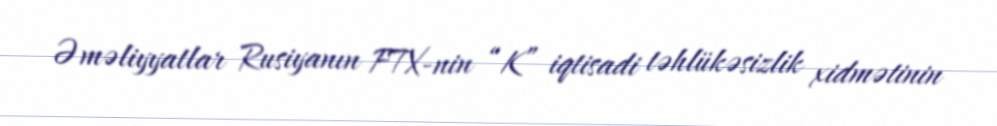
Əməliyyatlar Rusiyanın FTX-nin “K” iqtisadi təhlükəsizlik xidmətinin